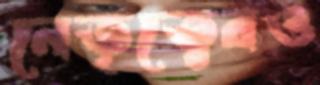
নেতৃত্বেরও